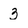
Character: 3